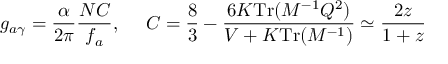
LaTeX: g _ { a \gamma } = \frac { \alpha } { 2 \pi } \frac { N C } { f _ { a } } , ~ ~ ~ ~ C = \frac 8 3 - \frac { 6 K \mathrm { T r } ( M ^ { - 1 } Q ^ { 2 } ) } { V + K \mathrm { T r } ( M ^ { - 1 } ) } \simeq \frac { 2 z } { 1 + z }